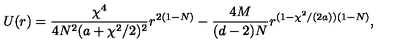
U ( r ) = \frac { \chi ^ { 4 } } { 4 N ^ { 2 } ( a + \chi ^ { 2 } / 2 ) ^ { 2 } } r ^ { 2 ( 1 - N ) } - \frac { 4 M } { ( d - 2 ) N } r ^ { ( 1 - \chi ^ { 2 } / ( 2 a ) ) ( 1 - N ) } ,